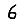
Digit: 6